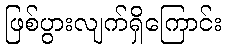
ဖြစ်ပွားလျက်ရှိကြောင်း